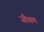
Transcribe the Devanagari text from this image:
जीवम